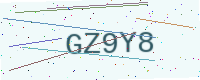
Text: GZ9Y8